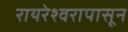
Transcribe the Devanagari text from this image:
रायरेश्वरापासून